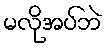
မလိုအပ်ဘဲ